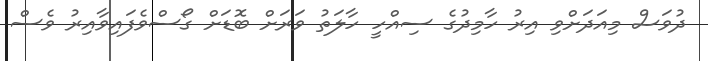
ދުވަސް މިއަދަށްވި އިރު ހާމިދުގެ ސިއްހީ ހާލަތު ވަރަށް ބޮޑަށް ގޯސްވެފައިވާއިރު ވެސް